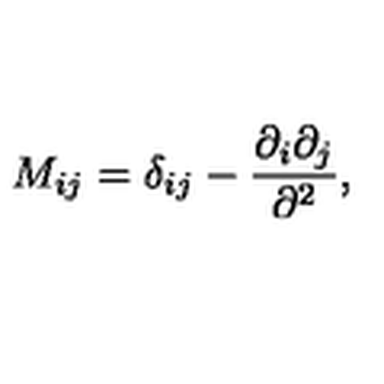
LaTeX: M _ { i j } = \delta _ { i j } - { \frac { \partial _ { i } \partial _ { j } } { \partial ^ { 2 } } } ,